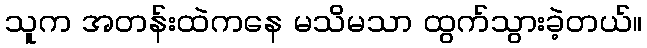
သူက အတန်းထဲကနေ မသိမသာ ထွက်သွားခဲ့တယ်။